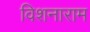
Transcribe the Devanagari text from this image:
विशनाराम